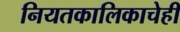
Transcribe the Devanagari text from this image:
नियतकालिकाचेही